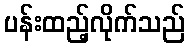
ပန်းထည့်လိုက်သည်